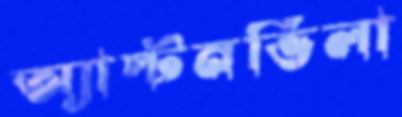
অ্যাস্টনভিলা